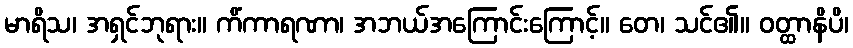
မာရိသ၊ အရှင်ဘုရား။ ကိံကာရဏာ၊ အဘယ်အကြောင်းကြောင့်။ တေ၊ သင်၏။ ဝတ္ထာနိပိ၊